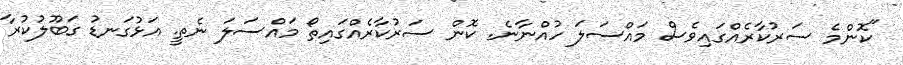
"ކޮންމެ ސަރުކާރެއްގައިވެސް މައްސަލަ ހުއްނާނެ. ކޮން ސަރުކާރެއްގައިތޯ މައްސަލަ ނެތީ. އަޅުގަނޑު ގަބޫލުކުރާ